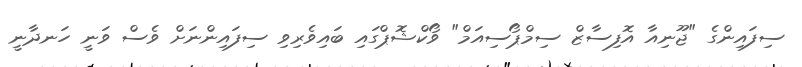
ސިފައިންގެ "ޖޫނިއާ އޮފިސާޒް ސިމްޕޯސިއަމް" ވޯކްޝޮޕްގައި ބައިވެރިވި ސިފައިންނަށް ވެސް ވަނީ ހަނދާނީ